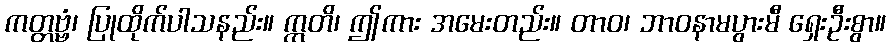
ကတ္တဗ္ဗံ၊ ပြုထိုက်ပါသနည်း။ ဣတိ၊ ဤကား အမေးတည်း။ တာဝ၊ ဘာဝနာမပွားမီ ရှေးဦးစွာ။